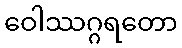
ဝေါဿဂ္ဂရတော